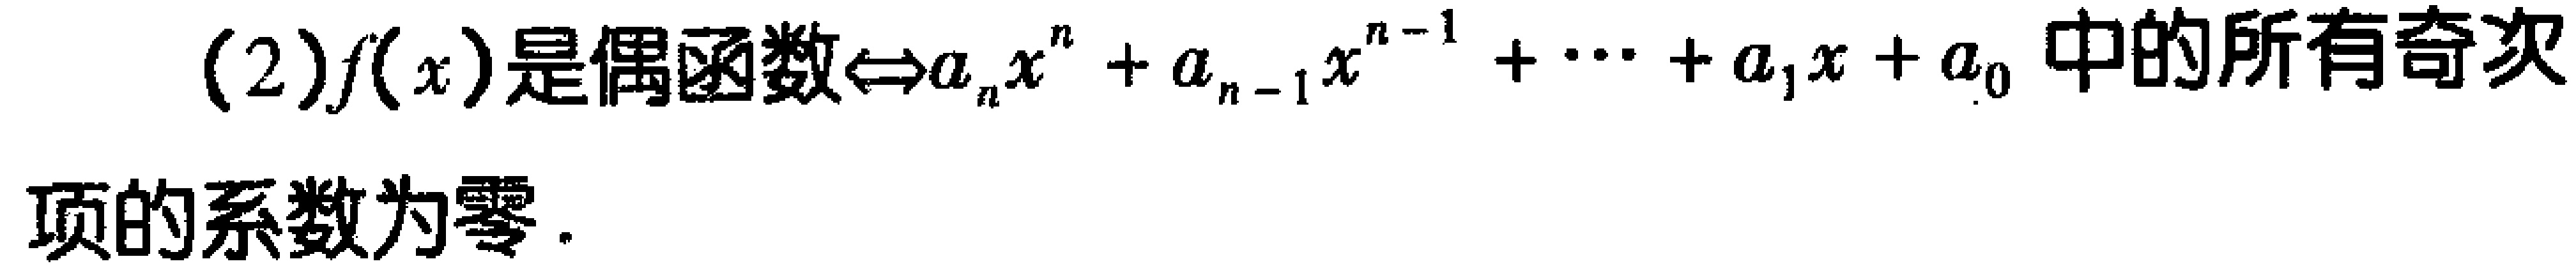
(2)$f(x)是偶函数\Leftrightarrow a_{n}x^{n}+a_{n - 1}x^{n - 1}+\cdots +a_{1}x + a_{0}中的所有奇次$

$项的系数为零.$